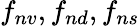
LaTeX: f_{nv},f_{nd},f_{ns}